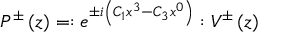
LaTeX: P ^ { \pm } \left( z \right) = : e ^ { \pm i \left( C _ { 1 } x ^ { 3 } - C _ { 3 } x ^ { 0 } \right) } : V ^ { \pm } \left( z \right)